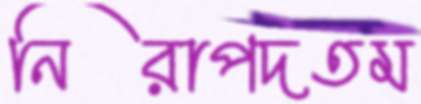
নিরাপদতম